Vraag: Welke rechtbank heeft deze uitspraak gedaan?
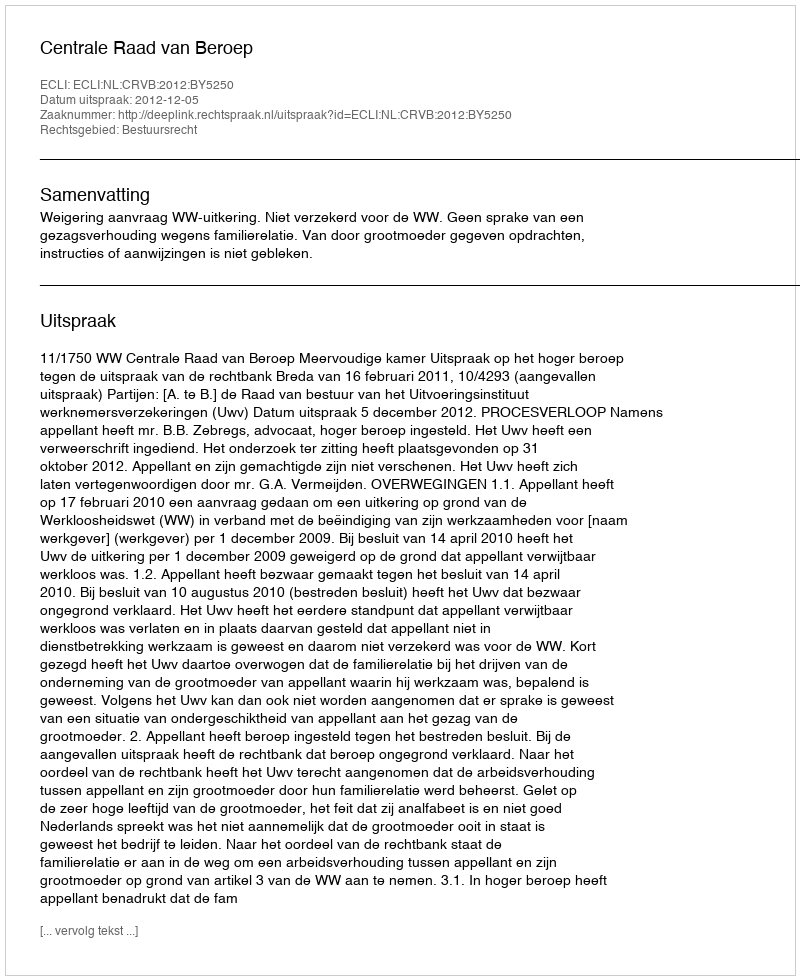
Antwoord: Centrale Raad van Beroep